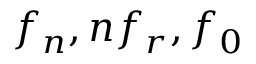
f _ { n } , n f _ { r } , f _ { 0 }